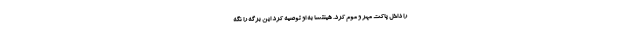
را داخل پاکت‌ مهر و موم کرد. هینتسا به او توصیه کرد این برگه را نگه